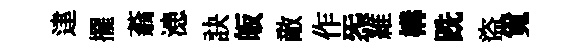
䢖擺蓊漶訣皈敵作炁維構跣盜覓